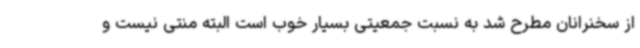
از سخنرانان مطرح شد به نسبت جمعیتی بسیار خوب است البته منتی نیست و